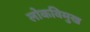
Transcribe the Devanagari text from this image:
लोकविमुख